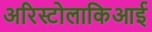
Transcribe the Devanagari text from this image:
अरिस्टोलाकिआई